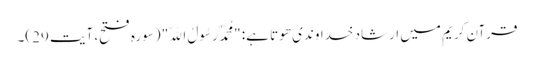
قرآن کریم میں ارشاد خداوندی ھوتا ہے: "مُحَمَّدٌ رَسُولُ اللَّهِ" (سورہ فتح، آیت 29)۔